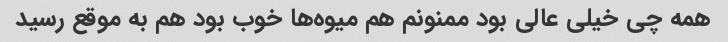
همه چی خیلی عالی بود ممنونم هم میوه‌ها خوب بود هم به موقع رسید